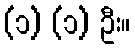
(၁) (၁) ဦး။